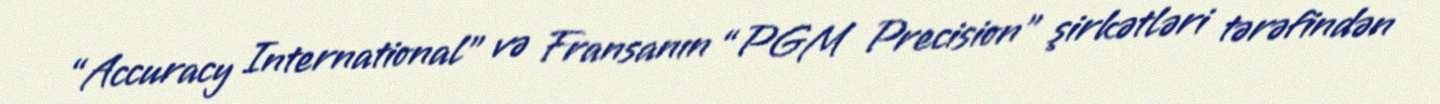
“Accuracy International” və Fransanın “PGM Precision” şirkətləri tərəfindən